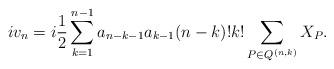
LaTeX: \begin{align*}i v_n &= i \frac 12 \sum_{k=1}^{n-1} a_{n-k-1} a_{k-1} (n-k)! k! \sum_{P\in Q^{(n,k)}} X_{P }.\end{align*}